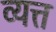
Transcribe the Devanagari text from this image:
व्यत्त